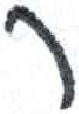
אות: ר